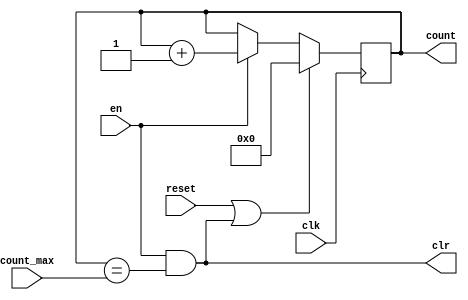
module up_counter 
#(
	parameter WIDTH = 6
	
)
(
	input 					clk,
	input 					reset,
	input				    en,
	input 	    [WIDTH-1:0]	count_max,
	output reg 				clr,
	output reg	[WIDTH-1:0]	count
);

	always@(posedge clk) begin
		if(reset || clr)	count <= 0;
		else if(en) 		count <= count + 1;
	end
	always@* clr = en & (count == count_max);
	
endmodule